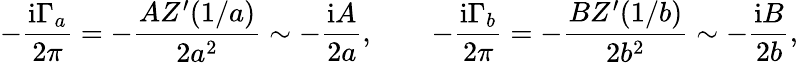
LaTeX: -{\frac{\mathrm{i}\Gamma_{a}}{2\pi}}=-{\frac{AZ^{\prime}(1/a)}{2a^{2}}}\sim-{\frac{\mathrm{i}A}{2a}},\qquad-{\frac{\mathrm{i}\Gamma_{b}}{2\pi}}=-{\frac{BZ^{\prime}(1/b)}{2b^{2}}}\sim-{\frac{\mathrm{i}B}{2b}},